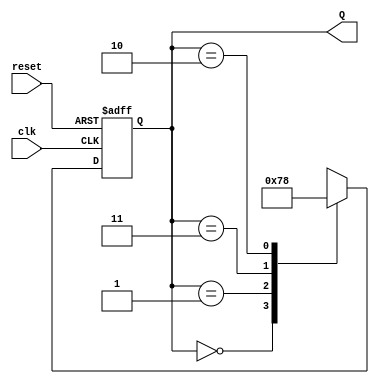
module dual_stage_johnson_counter (
    input wire clk,          // Clock input
    input wire reset,        // Asynchronous reset
    output reg [1:0] Q       // 2-bit output representing the current state
);

// State transition logic
always @(posedge clk or posedge reset) begin
    if (reset) begin
        // Initialize the counter to state 00
        Q <= 2'b00;
    end else begin
        // Johnson counter state transition
        case (Q)
            2'b00: Q <= 2'b01; // From 00 to 01
            2'b01: Q <= 2'b11; // From 01 to 11
            2'b11: Q <= 2'b10; // From 11 to 10
            2'b10: Q <= 2'b00; // From 10 to 00
            default: Q <= 2'b00; // Default case (should not occur)
        endcase
    end
end

endmodule